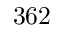
3 6 2